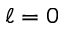
\ell = 0